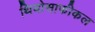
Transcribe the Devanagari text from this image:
थियोसाफीकल